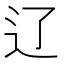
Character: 辽